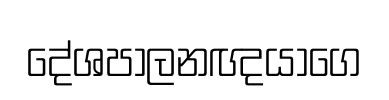
දේශපාලනඥයාගෙ